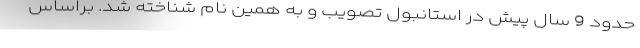
حدود 9 سال پیش در استانبول تصویب و به همین نام شناخته شد. براساس